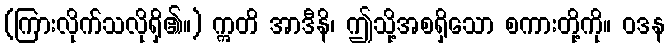
(ကြားလိုက်သလိုရှိ၏။) ဣတိ အာဒီနိ၊ ဤသို့အစရှိသော စကားတို့ကို။ ဝဒန